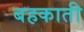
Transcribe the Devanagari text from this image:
बहकाती